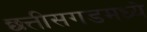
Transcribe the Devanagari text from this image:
छत्तीसगडमध्ये